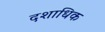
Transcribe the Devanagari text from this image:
दशाधिक